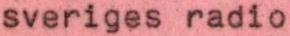
sveriges radio